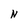
Character: N